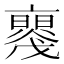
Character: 𠆝